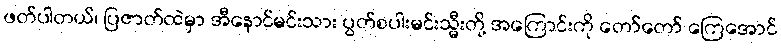
ဖတ်ပါတယ်၊ ပြဇာတ်ထဲမှာ အီနောင်မင်းသား ပွတ်စပါးမင်းသ္မီးတို့ အကြောင်းကို တော်တော် ကြေအောင်